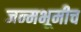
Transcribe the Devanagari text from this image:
जन्मभूमीच